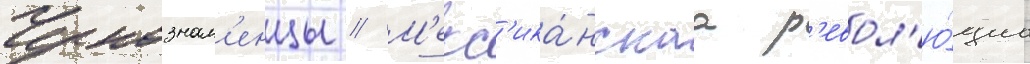
Чернознам'енцы // М'екс'ика́нскаа р'евол'ю́циа